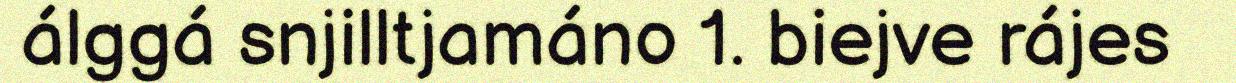
álggá snjilltjamáno 1. biejve rájes